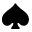
\spadesuit